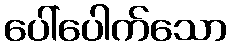
ပေါ်ပေါက်သော